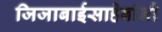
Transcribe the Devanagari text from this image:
जिजाबाईसाहेबांनी